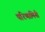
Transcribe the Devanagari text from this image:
परिणामिनी